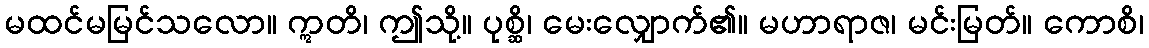
မထင်မမြင်သလော။ ဣတိ၊ ဤသို့။ ပုစ္ဆိ၊ မေးလျှောက်၏။ မဟာရာဇ၊ မင်းမြတ်။ ကောစိ၊